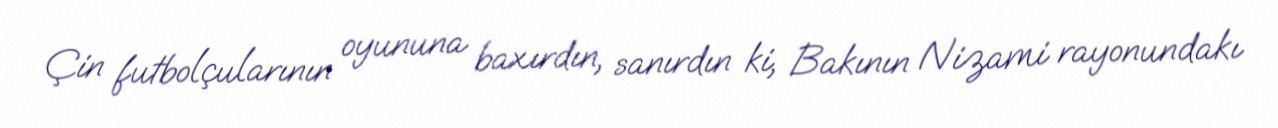
Çin futbolçularının oyununa baxırdın, sanırdın ki, Bakının Nizami rayonundakı